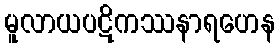
မူလာယပဋိကဿနာရဟေန